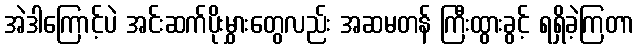
အဲဒါကြောင့်ပဲ အင်းဆက်ပိုးမွှားတွေလည်း အဆမတန် ကြီးထွားခွင့် ရရှိခဲ့ကြတာ